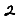
Digit: 2